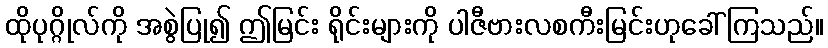
ထိုပုဂ္ဂိုလ်ကို အစွဲပြု၍ ဤမြင်း ရိုင်းများကို ပါဇီဗားလစကီးမြင်းဟုခေါ်ကြသည်။